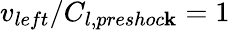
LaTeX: v_{left}/C_{l,preshoc\mathbf{k}}=1